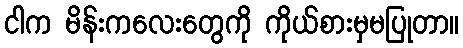
ငါက မိန်းကလေးတွေကို ကိုယ်စားမှမပြုတာ။